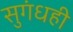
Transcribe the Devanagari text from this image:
सुगंधही